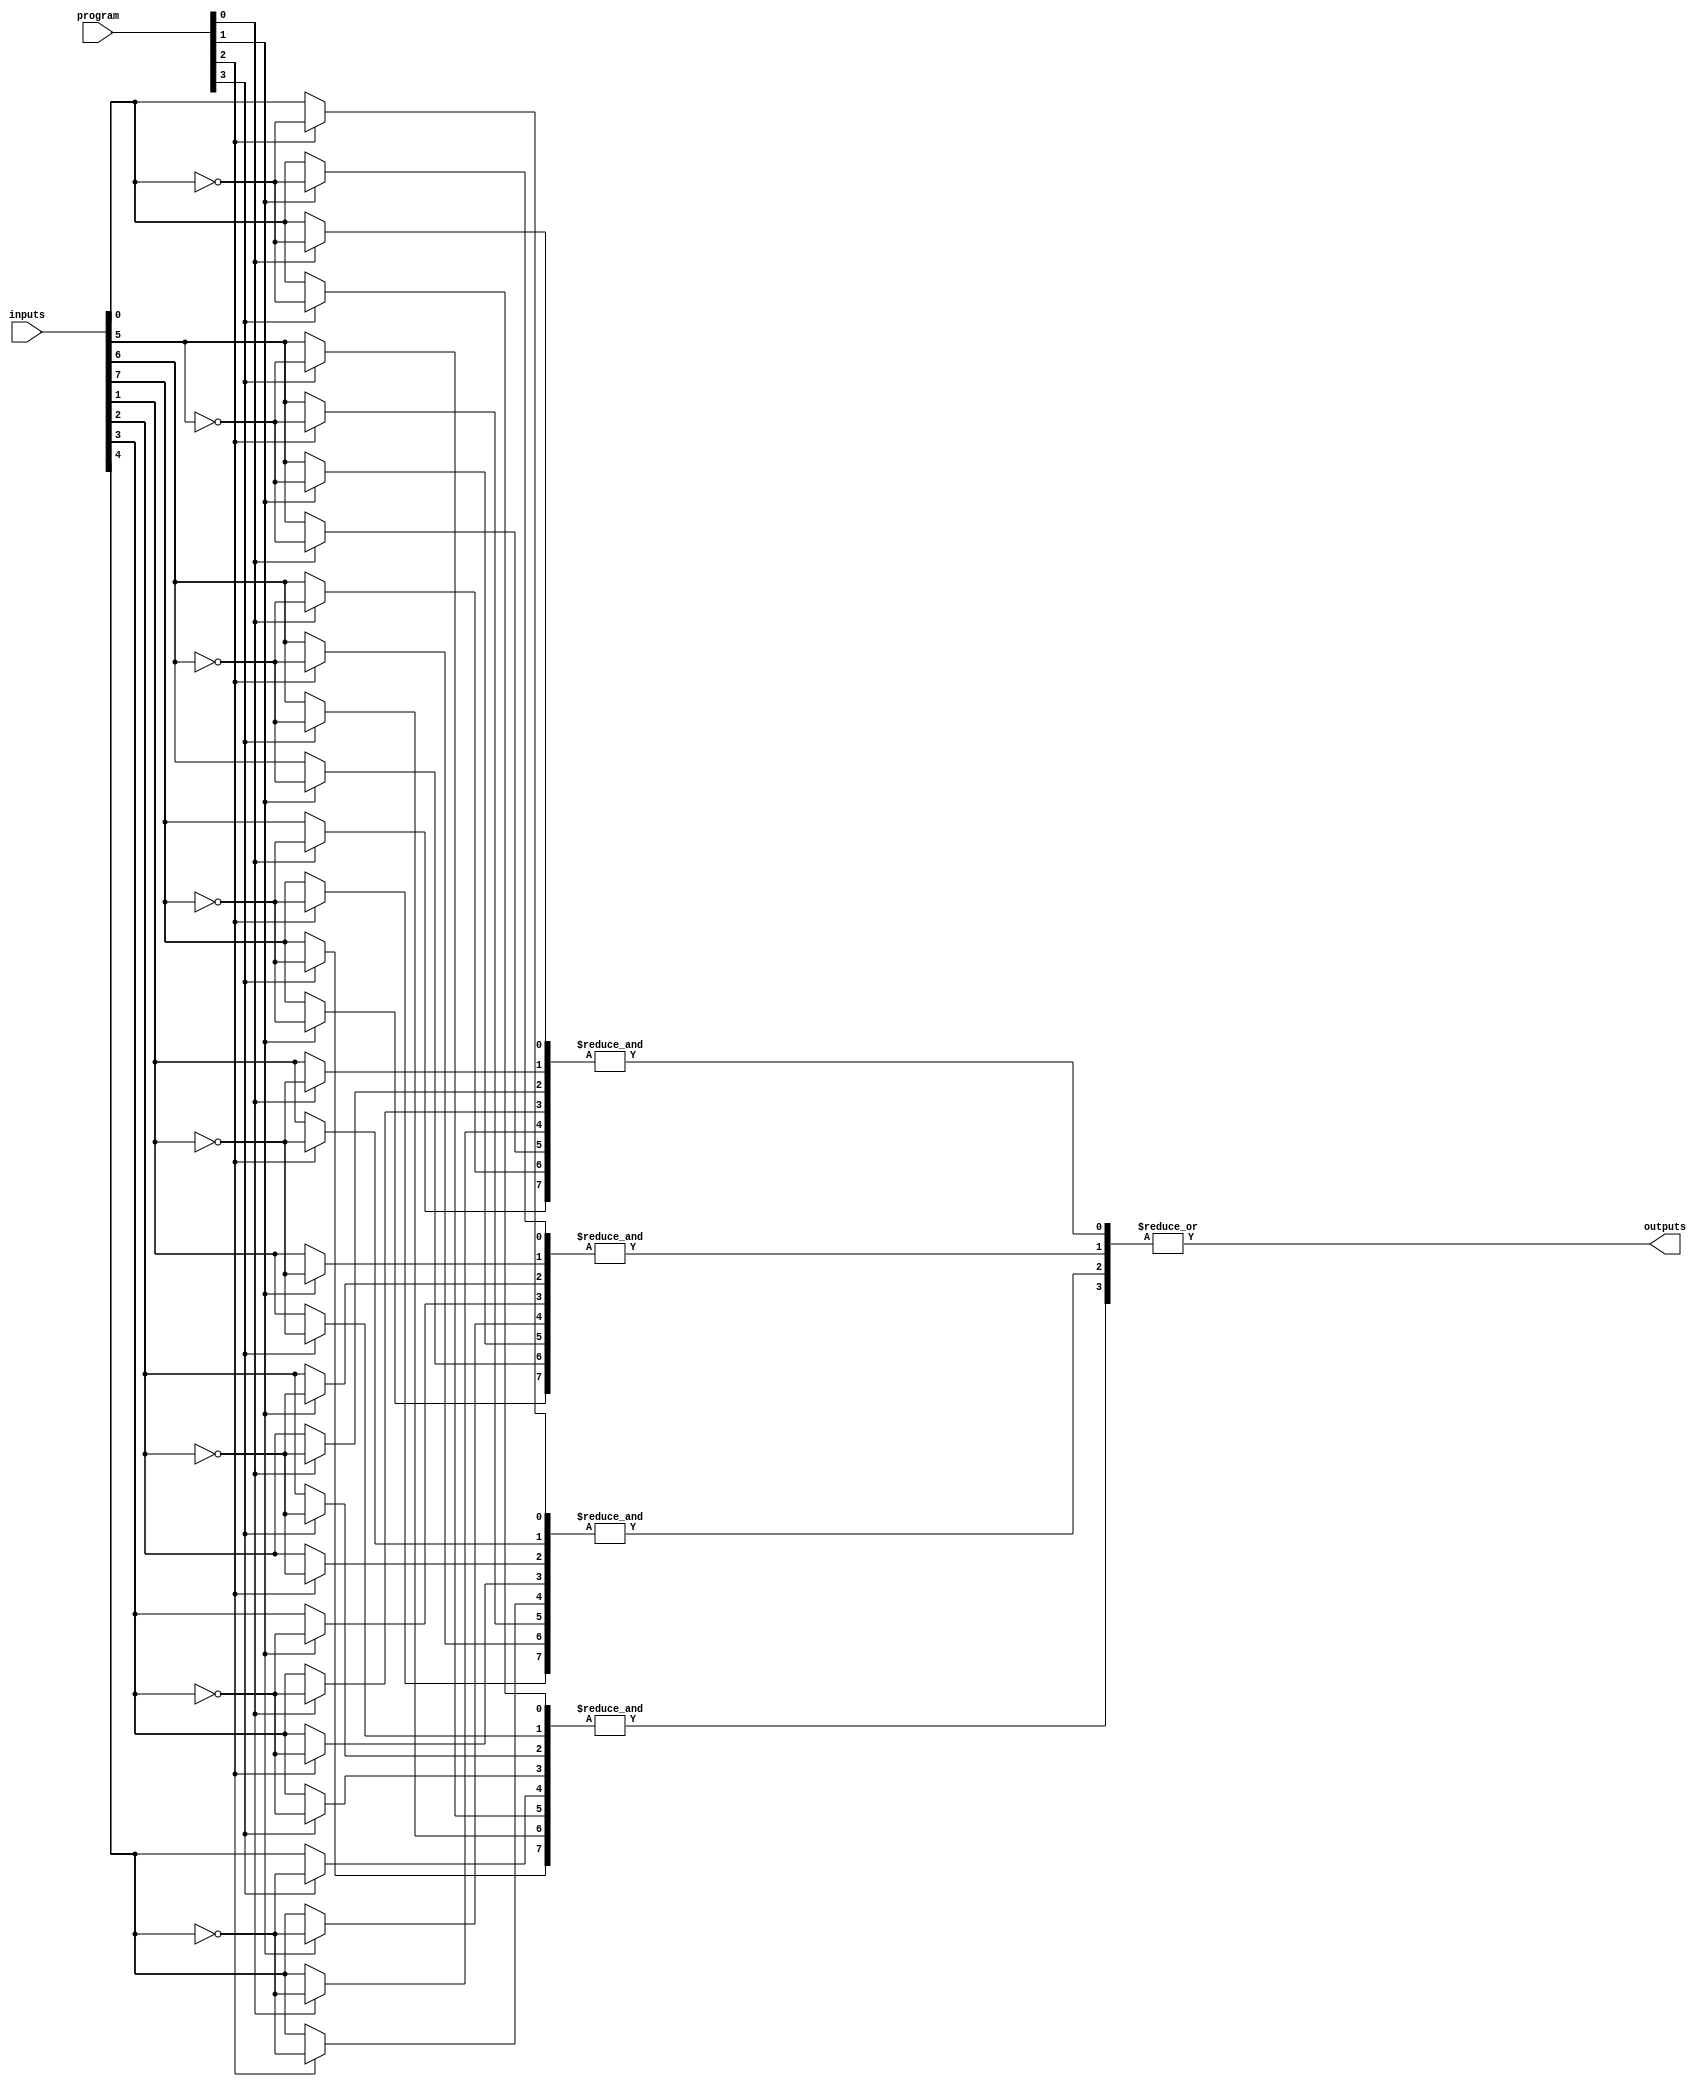
module GPAL #(
    parameter NUM_INPUTS = 8,     // Number of input signals
    parameter NUM_AND_GATES = 4,   // Number of AND gates
    parameter NUM_OR_GATES = 1      // Number of OR gates
)(
    input  wire [NUM_INPUTS-1:0] inputs,         // Input signals
    input  wire [NUM_AND_GATES-1:0] program,      // Programming signals for AND gates
    output wire [NUM_OR_GATES-1:0] outputs        // Output signals
);

// Intermediate signals for AND gates
wire [NUM_AND_GATES-1:0] and_outputs;

// Generate AND gates based on programming
genvar i, j;
generate
    for (i = 0; i < NUM_AND_GATES; i = i + 1) begin : and_array
        wire [NUM_INPUTS-1:0] and_input;
        for (j = 0; j < NUM_INPUTS; j = j + 1) begin : input_selection
            // Connect inputs to AND gates based on programming
            assign and_input[j] = program[i] ? ~inputs[j] : inputs[j];
        end
        assign and_outputs[i] = &and_input; // AND operation
    end
endgenerate

// OR gate to combine AND outputs
generate
    if (NUM_OR_GATES > 0) begin : or_array
        assign outputs[0] = |and_outputs; // OR operation
    end
endgenerate

endmodule